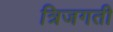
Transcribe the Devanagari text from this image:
त्रिजगती